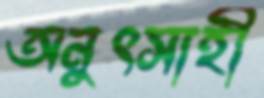
অনুৎসাহী